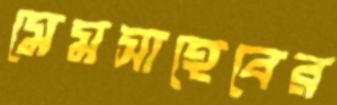
মেমসাহেবের